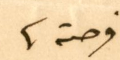
فرصة.